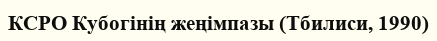
КСРО Кубогінің жеңімпазы (Тбилиси, 1990)